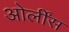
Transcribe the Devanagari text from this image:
ओर्लींस